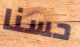
حسنا